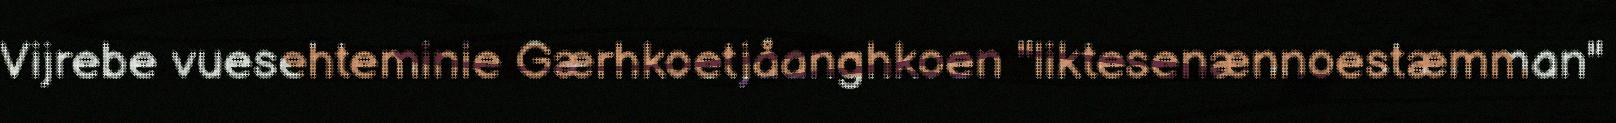
Vijrebe vuesehteminie Gærhkoetjåanghkoen "liktesenænnoestæmman"